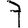
Digit: 7